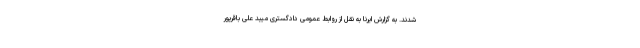
شدند. به گزارش ایرنا به نقل از روابط عمومی دادگستری میبد علی باقرپور